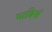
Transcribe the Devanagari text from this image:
भाविसं